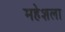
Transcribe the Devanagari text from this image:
महेशला